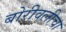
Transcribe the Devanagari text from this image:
बोरीवलीचा